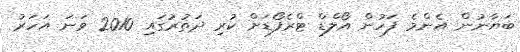
ބަޔާނުން އެންމެ ފަހުން އޯލްޑް ޓްރެފޯޑަށް ކުރި ދަތުރުގައި 2010 ވަނަ އަހަރު